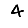
Digit: 4